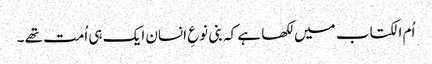
اُم الکتاب میں لکھا ہے کہ بنی نوعِ انسان ایک ہی اُمت تھے ۔